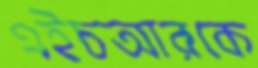
এইচআরকে